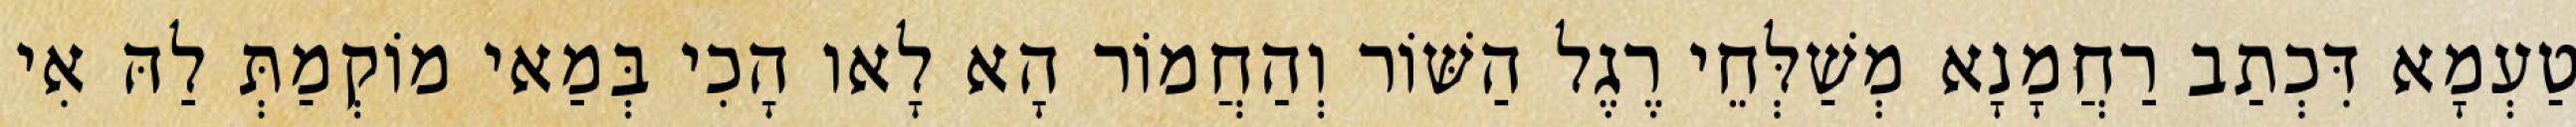
טַעְמָא דִּכְתַב רַחֲמָנָא מְשַׁלְּחֵי רֶגֶל הַשּׁוֹר וְהַחֲמוֹר הָא לָאו הָכִי בְּמַאי מוֹקְמַתְּ לַהּ אִי